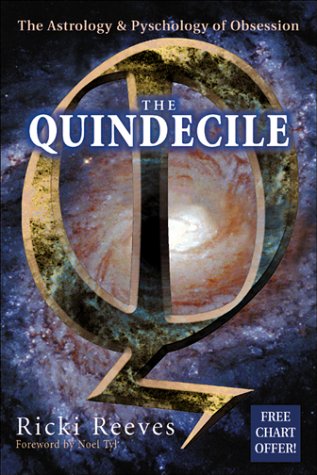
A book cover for The Quindecile: The Astrology & Psychology of Obsession; Richenda Reeves; Health, Fitness & Dieting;